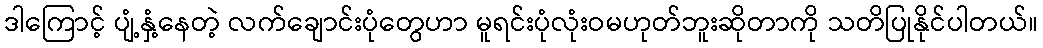
ဒါကြောင့် ပျံ့နှံ့နေတဲ့ လက်ချောင်းပုံတွေဟာ မူရင်းပုံလုံးဝမဟုတ်ဘူးဆိုတာကို သတိပြုနိုင်ပါတယ်။